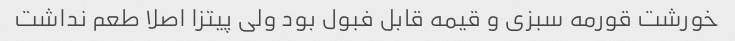
خورشت قورمه سبزی و قیمه قابل فبول بود ولی پیتزا اصلا طعم نداشت